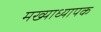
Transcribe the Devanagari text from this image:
मख्याध्यापक